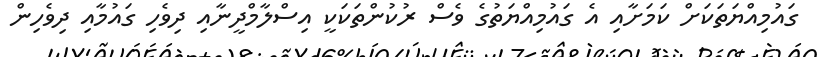
ގައުމިއްޔަތަކަށް ކަމަށާއި އެ ގައުމިއްޔަތުގެ ވެސް ރުކުންތަކަކީ އިސްލާމްދީނާއި ދިވެހި ގައުމާއި ދިވެހިން